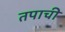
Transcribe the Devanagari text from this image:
तपाची